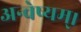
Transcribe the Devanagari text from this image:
अन्वेष्यम्।